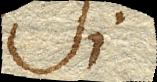
Si